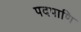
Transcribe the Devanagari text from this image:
पदपाणि